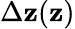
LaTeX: \Delta\mathbf{z}(\mathbf{z})